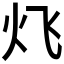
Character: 𮳛